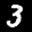
Label: 3